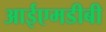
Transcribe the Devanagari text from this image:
आईएमडीबी